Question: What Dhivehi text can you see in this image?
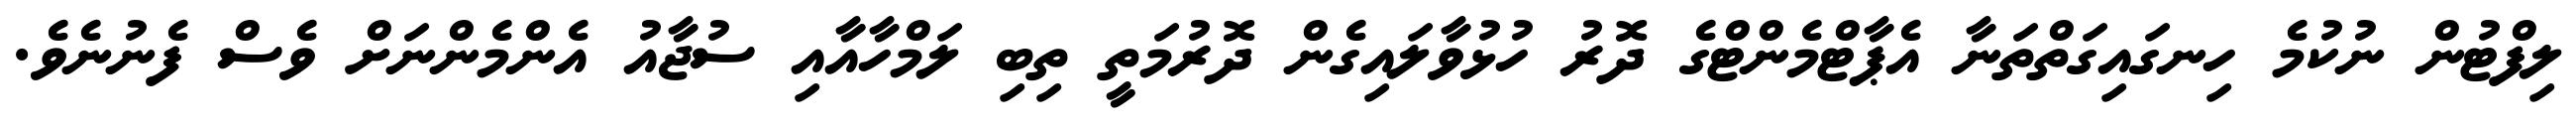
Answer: ލިފްޓުން ނުކުމެ ހިނގައިގަތްތަނާ އެޕާޓްމެންޓްގެ ދޮރު ހުޅުވާލައިގެން ދޮރުމަތީ ތިބި ލަމްހާއާއި ސުޖާއު އެންމެންނަށް ވެސް ފެނުނެވެ.